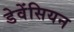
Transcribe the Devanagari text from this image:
डेवेंसियन